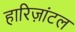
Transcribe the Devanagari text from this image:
हारिज़ांटल